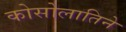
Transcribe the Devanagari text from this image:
कोसोलातिने